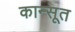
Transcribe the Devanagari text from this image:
कान्सूत